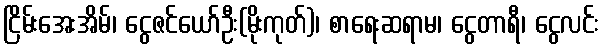
ငြိမ်းအေးအိမ်၊ ငွေဇင်ယော်ဦး(မိုးကုတ်)၊ စာရေးဆရာမ၊ ငွေတာရီ၊ ငွေလင်း